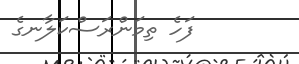
ފަހެ ތިމަންރަސްކަލާނގެ